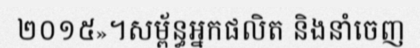
២០១៥»។សម្ព័ន្ធអ្នកផលិត និងនាំចេញ